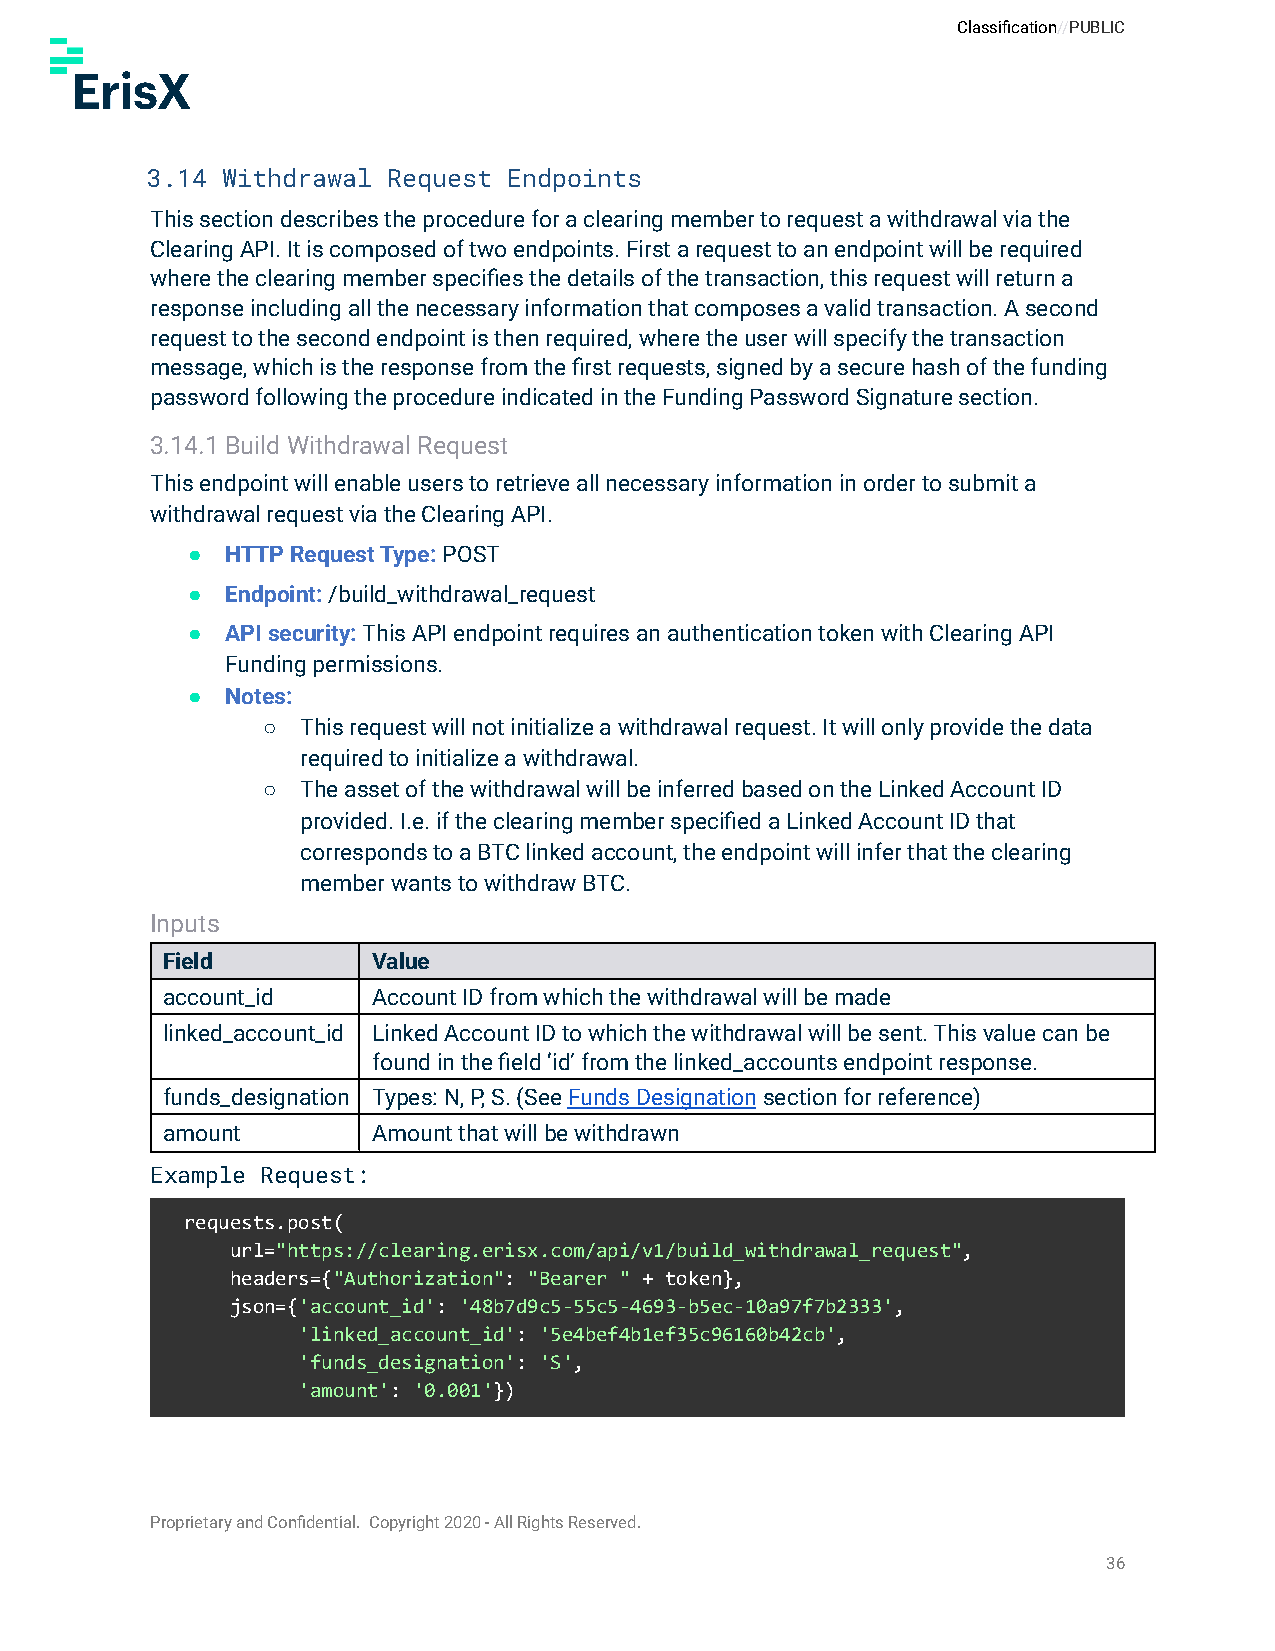
Classification//PUBLIC
 3.14 Withdrawal Request Endpoints
 This section describes the procedure for a clearing member to request a withdrawal via the
 Clearing API. It is composed of two endpoints. First a request to an endpoint will be required
 where the clearing member specifies the details of the transaction, this request will return a
 response including all the necessary information that composes a valid transaction. A second
 request to the second endpoint is then required, where the user will specify the transaction
 message, which is the response from the first requests, signed by a secure hash of the funding
 password following the procedure indicated in the Funding Password Signature section.
 3.14.1Build Withdrawal Request
 This endpoint will enable users to retrieve all necessary information in order to submit a
 withdrawal request via the Clearing API.
 ●  HTTP Request Type: POST
 ●  Endpoint:/build_withdrawal_request
 ●  API security:This API endpoint requires an authenticationtoken with Clearing API
 Funding permissions.
 ●  Notes:
 ○  This request will not initialize a withdrawal request. It will only provide the data
 required to initialize a withdrawal.
 ○  The asset of the withdrawal will be inferred based on the Linked Account ID
 provided. I.e. if the clearing member specified a Linked Account ID that
 corresponds to a BTC linked account, the endpoint will infer that the clearing
 member wants to withdraw BTC.
 Inputs
 Field         Value
 account_id    Account ID from which the withdrawal will be made
 linked_account_id Linked Account ID to which the withdrawal will be sent. This value can be
 found in the field ‘id’ from the linked_accounts endpoint response.
 funds_designation Types: N, P, S. (SeeFunds Designationsection forreference)
 amount        Amount that will be withdrawn
 Example Request:
 requests.post(
 url="https://clearing.erisx.com/api/v1/build_withdrawal_request",
 headers={"Authorization": "Bearer " + token},
 json={'account_id': '48b7d9c5-55c5-4693-b5ec-10a97f7b2333',
 'linked_account_id': '5e4bef4b1ef35c96160b42cb',
 'funds_designation': 'S',
 'amount': '0.001'})
 Proprietary and Confidential. Copyright 2020 - All Rights Reserved.
 36